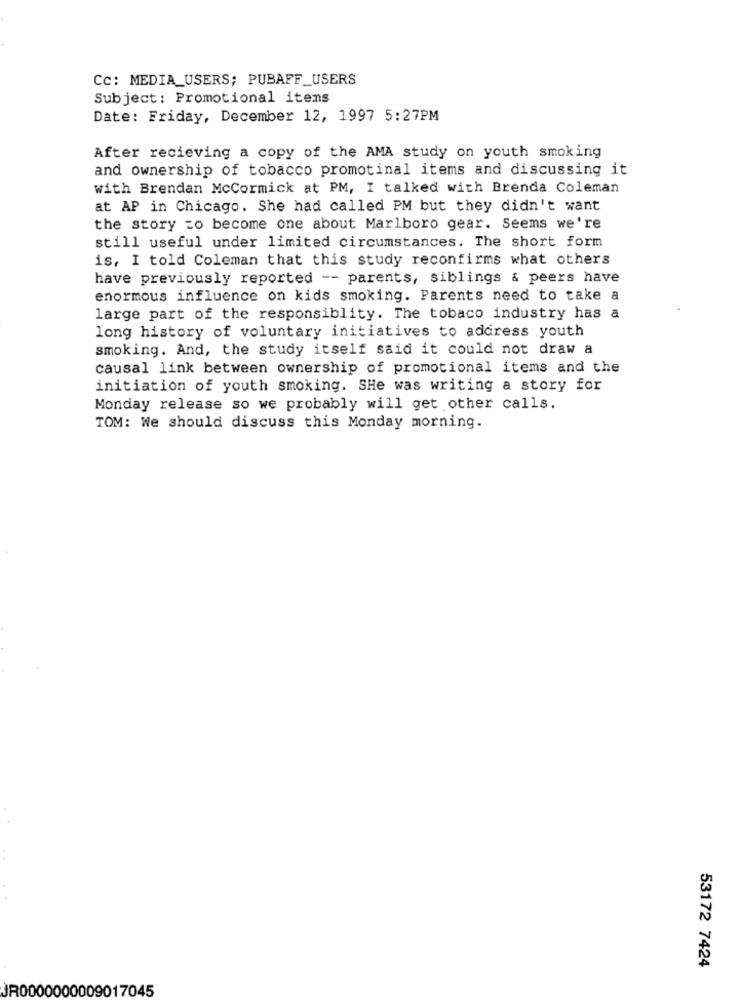
Cc: MEDIA_USERS; PUBAFF_USERS
Subject : Promotional items
Date: Friday, December 12, 1997 5:27PM
After recieving a copy of the AMA study on youth smoking
and ownership of tobacco promotinal items and discussing it
with Brendan McCormick at PM, I talked with Brenda Coleman
at AP in Chicago. She had called PM but they didn't want
the story =o become one about Marlboro gear. Seems we're
still useful under limited circumstances. The short form
is, I told Coleman that this study reconfirms what others
have previously reported -- parents, siblings & peers have
enormous influence on kids smoking. Parents need to take a
large part of the responsiblity. The tobaco industry has a
long history of voluntary initiatives to address youth
smoking. And, the study itself said it could not draw a
causal link between ownership of promotional items and the
initiation of youth smoking. SHe was writing a story for
Monday release so we probably will get other calls.
TOM: We should discuss this Monday morning.
53172 7424
JR0000000009017045